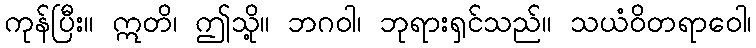
ကုန်ပြီး။ ဣတိ၊ ဤသို့။ ဘဂဝါ၊ ဘုရားရှင်သည်။ သယံဝိတရာဝေါ၊